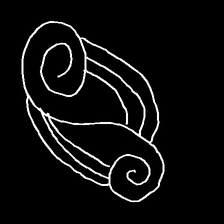
Glyph: wind-underfoot